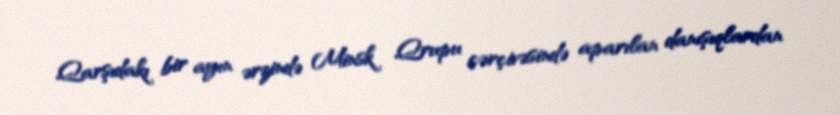
Qarşıdakı bir ayın ərzində Minsk Qrupu çərçivəsində aparılan danışıqlardan